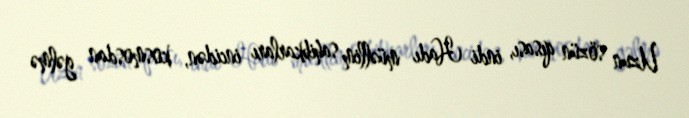
Uzun sözün qısası, indi Hadı müəllim sahibkarları incidən, kosmosdan gəlmə